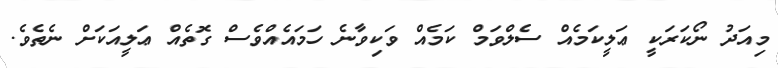
މިއަދު ނޯކަރަކީ ޢަލީކަމެއް ސެލްވަމް ކަމެއް ވަކިވާނެ ހަމައެއްވެސް ގޮތެއް ޢަލީއަކަށް ނެތެވެ.